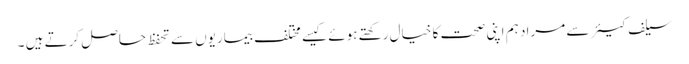
سیلف کیئر سے مراد ہم اپنی صحت کا خیال رکھتے ہوئے کیسے مختلف بیماریوں سے تحفظ حاصل کرتے ہیں ۔